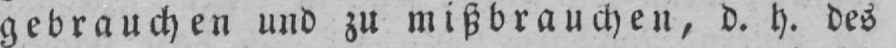
gebrauchen und zu mißbrauchen, d. h. des